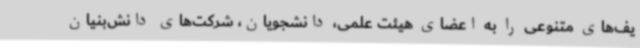
یف‌های متنوعی را به اعضای هیئت علمی، دانشجویان، شرکت‌های دانش‌بنیان